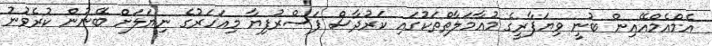
އެމްއެމްއޭއިން ބުނީ ވިޔަފާރީގެ މުއާމަލާތްތަކުގައި ކަރުދާސް ފަސްރުފިޔާ މިއަހަރުގެ ނިޔަލަށް ބޭނުން ކުރެވުނު